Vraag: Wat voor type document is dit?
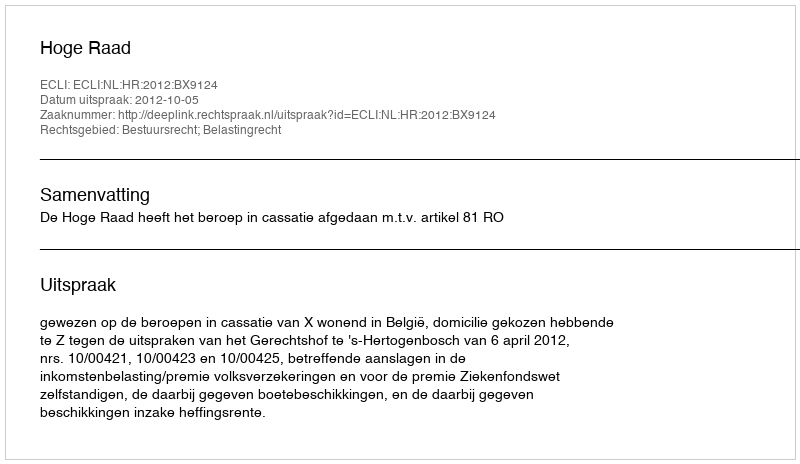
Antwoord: Uitspraak